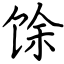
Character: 馀